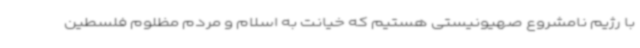
با رژیم نامشروع صهیونیستی هستیم که خیانت به اسلام و مردم مظلوم فلسطین